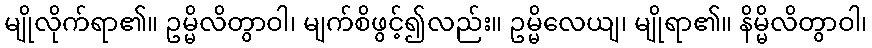
မျိုလိုက်ရာ၏။ ဥမ္မိလိတွာဝါ၊ မျက်စိဖွင့်၍လည်း။ ဥမ္မိလေယျ၊ မျိုရာ၏။ နိမ္မိလိတွာဝါ၊